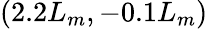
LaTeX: (2.2L_{m},-0.1L_{m})